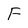
Character: F